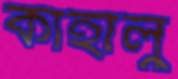
কাহালু